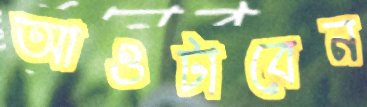
আওটাবেন